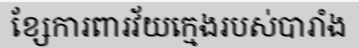
ខ្សែការពារវ័យក្មេងរបស់បារាំង